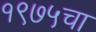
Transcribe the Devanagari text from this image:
१९७५चा